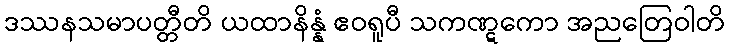
ဒဿနသမာပတ္တီတိ ယထာနိန္နံ ဧဝရူပီ သကဏ္ဋကော အညတြေဝါတိ